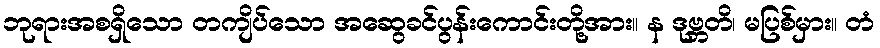
ဘုရားအစရှိသော တကျိပ်သော အဆွေခင်ပွန်းကောင်းတို့အား။ န ဒုဗ္ဘတိ၊ မပြစ်မှား။ တံ